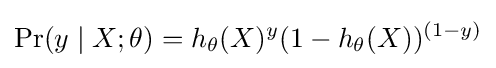
\Pr(y\mid X;\theta )=h_{\theta }(X)^{y}(1-h_{\theta }(X))^{(1-y)}